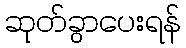
ဆုတ်ခွာပေးရန်